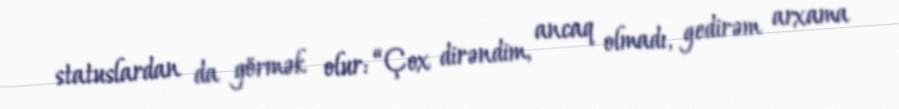
statuslardan da görmək olur: “Çox dirəndim, ancaq olmadı, gedirəm arxama